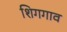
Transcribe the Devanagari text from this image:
शिगगाव